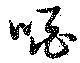
啻